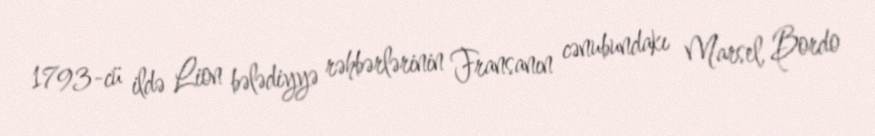
1793-cü ildə Lion bələdiyyə rəhbərlərinin Fransanın cənubundakı Marsel, Bordo